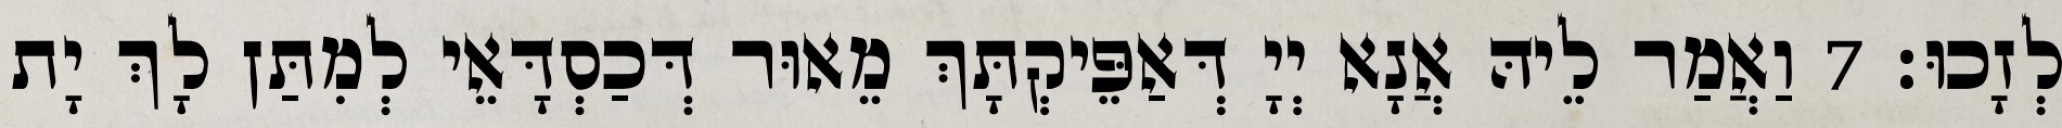
לְזָכוּ׃ 7 וַאֲמַר לֵיהּ אֲנָא יְיָ דְּאַפֵּיקְתָּךְ מֵאוּר דְּכַסְדָּאֵי לְמִתַּן לָךְ יָת